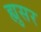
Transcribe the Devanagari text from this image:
ह्युसर